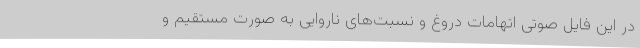
در این فایل صوتی اتهامات دروغ و نسبت‌های ناروایی به صورت مستقیم و